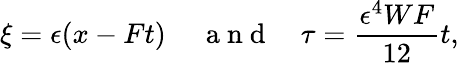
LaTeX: \xi=\epsilon(x-Ft)\, \quad\mathrm{~a~n~d~}\quad\tau=\frac{\epsilon^{4}WF}{12}t,